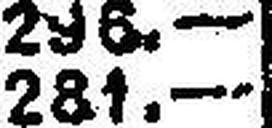
281.—